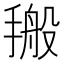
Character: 𰔙